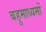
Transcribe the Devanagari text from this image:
बहुमाध्यमों